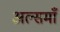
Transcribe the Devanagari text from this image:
अल्समाँ